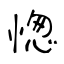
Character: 愡